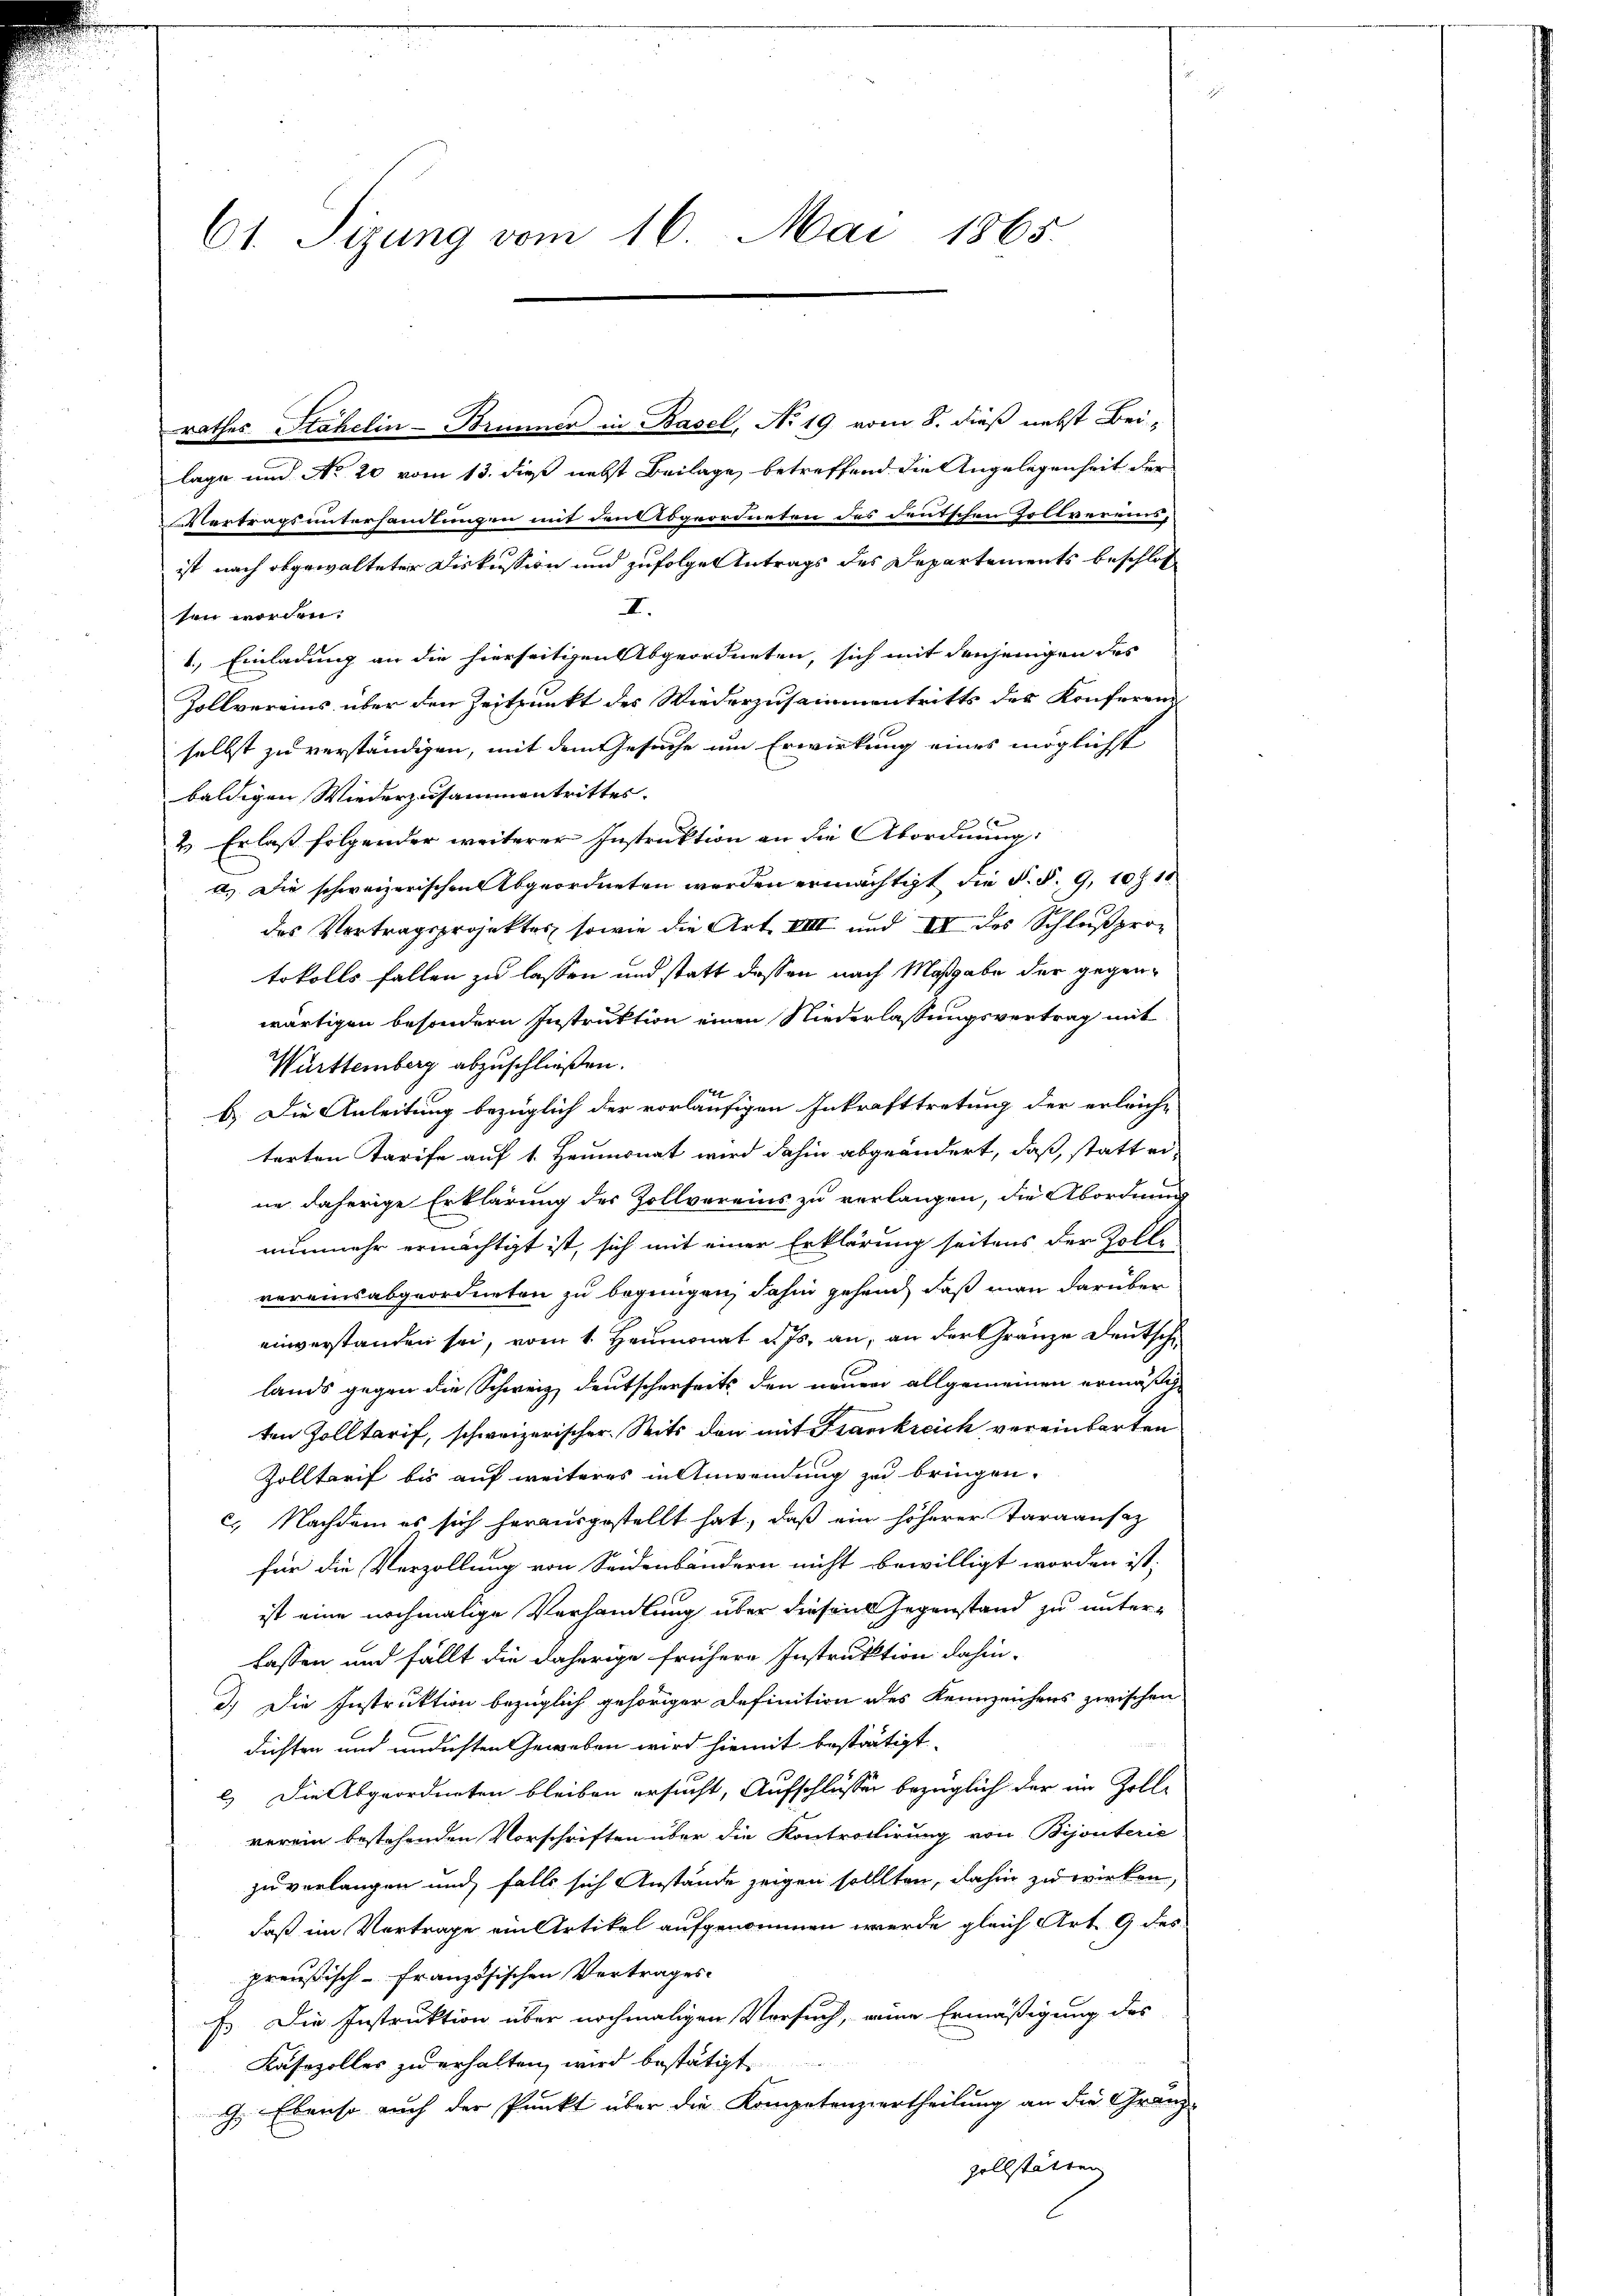
61. Sizung vom 16. Mai 1865.

rathes Stähelin - Brunner in Basel, No 19. vom 8. dieß nebst Bei-
lage und No 20 vom 13. dieß nebst Beilage, betreffend die Angelegenheit der
Vertragsuntersamlungen mit den Abgeordneten des deutschen Zollvereinsist nach abgewalteter Diskussion und zufolge Antrags des Departements beschlos
I.
ten worden.
1.) Einladung an die hierseitigen Abgeordneten, sich mit denjenigen des
Zollvereins über den Zeitpunkt des Wiederzusammentritts des Konferend
selbst zu verständigen, mit dem Gesuche um Erwirkung eines möglichst
baldigen Wiederzusammentrittes.
2. Erlaß folgender weiterer Instruktion an die Abordnung:
a.) Die schweizerischen Abgeordneten werden ermächtigt, die §. §. 9, 10 f 18
des Vertragsprojekter, sowie die Art. VIII und III des Schlußprotokolls fallen zu lassen und statt dessen nach Maßgabe der gegenwärtigen besondern Instruktion einen Niederlassungsvertrag mit
Württemberg abzuschließen.
b. Die Anleitung bezüglich der vorläufigen Inkrafttretung der erleiche
terten Tarife auf 1. Heumonat wird dahin abgeändert, daß, statt erne daherige Erklärung des Zollvereins zu verlangen, die Abordnung
nunmehr ermächtigt ist, sich mit einer Erklärung seitens der Zoll-
vereinsabgeordneten zu begnügen, dahin gehend, daß man darüber
einverstanden sei, vom 1. Heumonat d. Js. an, an der Gränze Deutsche
lands gegen die Schweiz deutscherheits den neuen allgemeinen ermäsche
ten Zolltarif, schweizerischer Seits den mit Frankreich vereinbarten
Zolltarif bis auf weiteres in Anwendung zu bringen.
c. Nachdem es sich herausgestellt hat, daß ein höherer Taraansaz
für die Verzollung von Seidenbändern nicht bewilligt worden ist;
ist eine nochmalige Verhandlung über diesen Gegenstand zu unterlassen und fällt die daherige frühere Instruktion dahin-
d.) Die Instruktion bezüglich gehöriger Definition des Kennzeichens zwischen
dichten und undesten Geweben wird hiemit bestätigt
c.) Die Abgeordneten bleiben ersucht, Aufschlüssen bezüglich der im Zoll-
verein bestehenden Vorschriften über die Kontrollirung von Bijouterie
zu verlangen und falls sich Anstände zeigen sollten, dahin zu wirken,
daß im Vortrage ein Artikel aufgenommen werde gleich Art. 9 des
preußisch-Französischen Vertrages
F. Die Instruktion über nochmaligen Versuch, eine Ermäßigung des
Käsezolles zu erhalten, wird bestätigt.
G. Ebenso auch der Punkt über die Kompetenziertheilung an die Granz-
zollstätten